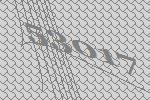
53017